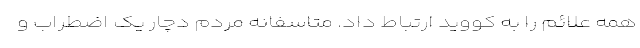
همه علائم را به کووید ارتباط داد. متاسفانه مردم دچار یک اضطراب و